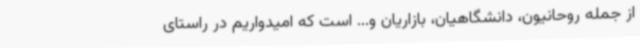
از جمله روحانیون، دانشگاهیان، بازاریان و... است که امیدواریم در راستای